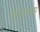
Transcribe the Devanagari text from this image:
पदान्यास